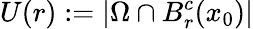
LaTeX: U(r):=|\Omega\cap B_{r}^{c}(x_{0})|